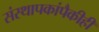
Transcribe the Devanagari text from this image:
संस्थापकांपैकीही